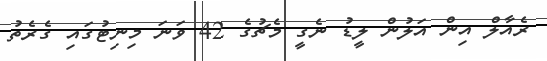
ރެއާލް އިން އަލުން ލީޑު ނެގީ މެޗުގެ 42 ވަނަ މިނިޓުގައި ގެރެތު